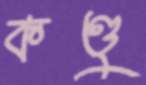
কণ্ডু